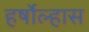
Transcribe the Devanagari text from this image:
हर्षोल्हास